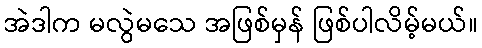
အဲဒါက မလွဲမသေ အဖြစ်မှန် ဖြစ်ပါလိမ့်မယ်။